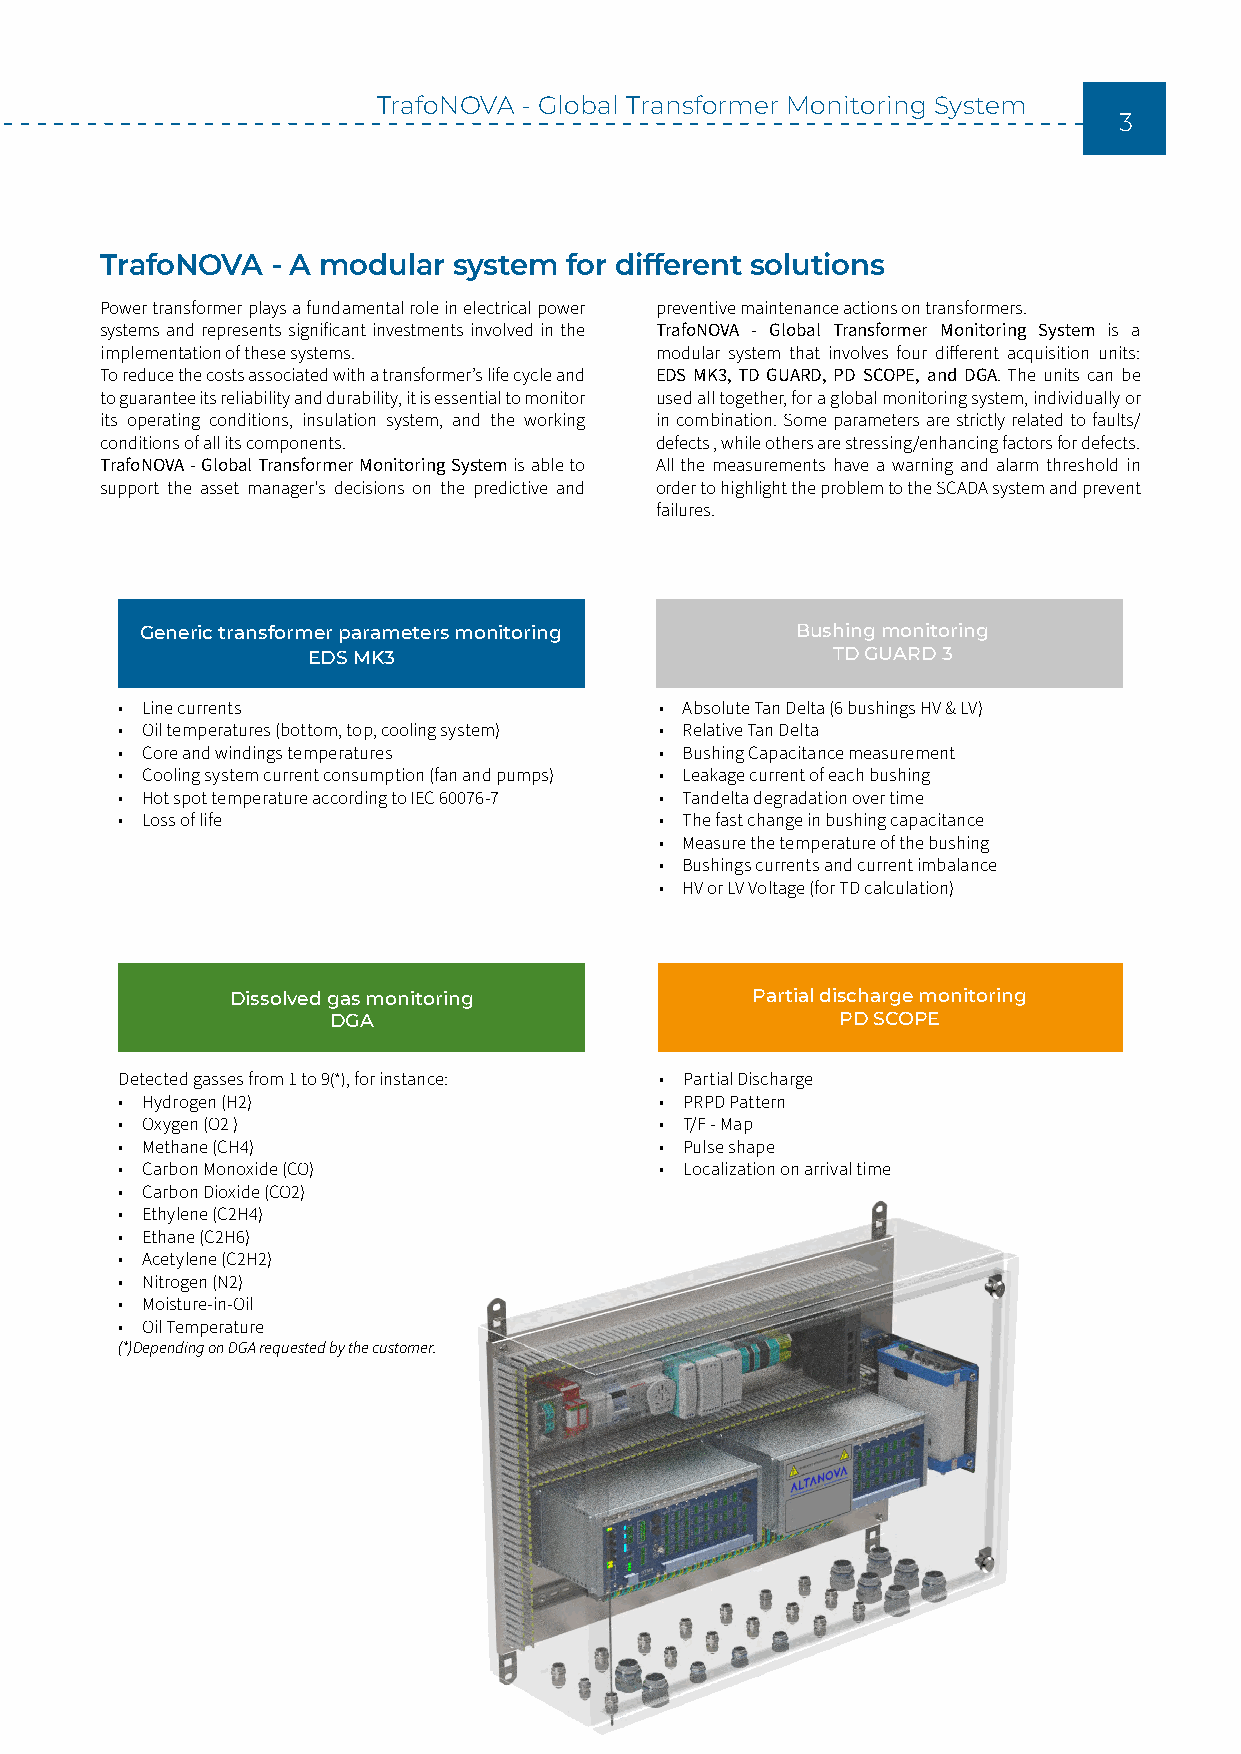
TrafoNOVA - Global Transformer Monitoring System
 3
 TrafoNOVA  - A modular system for different solutions
 Power transformer plays a fundamental role in electrical power preventive maintenance actions on transformers.
 systems and represents significant investments involved in the TrafoNOVA - Global Transformer Monitoring System is a
 implementation of these systems.    modular system that involves four different acquisition units:
 To reduce the costs associated with a transformer’s life cycle and EDS MK3, TD GUARD, PD SCOPE, and DGA. The units can be
 to guarantee its reliability and durability, it is essential to monitor used all together, for a global monitoring system, individually or
 its operating conditions, insulation system, and the working in combination. Some parameters are strictly related to faults/
 conditions of all its components.   defects , while others are stressing/enhancing factors for defects.
 TrafoNOVA - Global Transformer Monitoring System is able to All the measurements have a warning and alarm threshold in
 support the asset manager's decisions on the predictive and order to highlight the problem to the SCADA system and prevent
 failures.
 Generic transformer parameters monitoring   Bushing monitoring
 EDS MK3                            TD GUARD 3
 • Line currents                     • Absolute Tan Delta (6 bushings HV & LV)
 • Oil temperatures (bottom, top, cooling system) • Relative Tan Delta
 • Core and windings temperatures    • Bushing Capacitance measurement
 • Cooling system current consumption (fan and pumps) • Leakage current of each bushing
 • Hot spot temperature according to IEC 60076-7 • Tandelta degradation over time
 • Loss of life                      • The fast change in bushing capacitance
 • Measure the temperature of the bushing
 • Bushings currents and current imbalance
 • HV or LV Voltage (for TD calculation)
 Dissolved gas monitoring           Partial discharge monitoring
 DGA                               PD SCOPE
 Detected gasses from 1 to 9(*), for instance: • Partial Discharge
 • Hydrogen (H2)                     • PRPD Pattern
 • Oxygen (O2 )                      • T/F - Map
 • Methane (CH4)                     • Pulse shape
 • Carbon Monoxide (CO)              • Localization on arrival time
 • Carbon Dioxide (CO2)
 • Ethylene (C2H4)
 • Ethane (C2H6)
 • Acetylene (C2H2)
 • Nitrogen (N2)
 • Moisture-in-Oil
 • Oil Temperature
 (*)Depending on DGA requested by the customer.